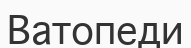
Ватопеди